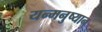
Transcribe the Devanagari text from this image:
यन्मनुष्यान्